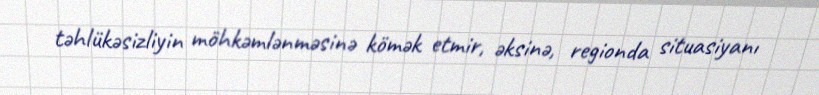
təhlükəsizliyin möhkəmlənməsinə kömək etmir, əksinə, regionda situasiyanı